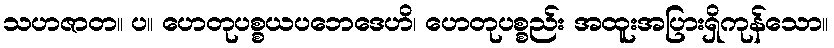
သဟဇာတ။ ပ။ ဟေတုပစ္စယပဘေဒေဟိ၊ ဟေတုပစ္စည်း အထူးအပြားရှိကုန်သော။